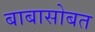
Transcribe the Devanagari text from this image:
बाबासोबत